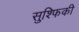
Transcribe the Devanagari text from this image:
सुश्फिकी